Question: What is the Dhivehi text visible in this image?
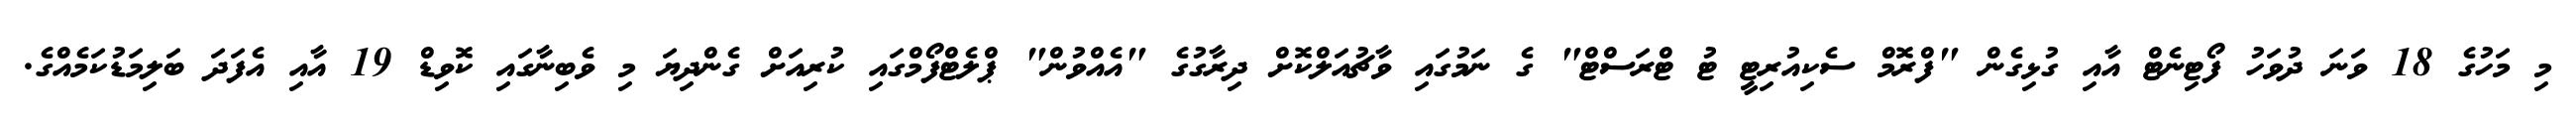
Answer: މި މަހުގެ 18 ވަނަ ދުވަހު ފޯޓިނެޓް އާއި ގުޅިގެން "ފްރޮމް ސެކިއުރިޓީ ޓު ޓްރަސްޓް" ގެ ނަމުގައި ވާޗުއަލްކޮށް ދިރާގުގެ "އެއްވުން" ޕްލެޓްފޯމްގައި ކުރިއަށް ގެންދިޔަ މި ވެބިނާގައި ކޮވިޑް 19 އާއި އެފަދަ ބަލިމަޑުކަމެއްގެ.